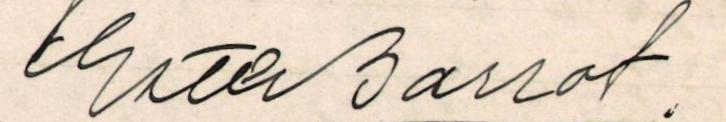
Ester Barrot.